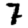
Digit: 7